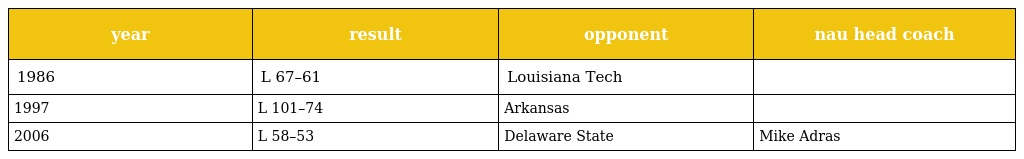
| year | result | opponent | nau head coach |
 | --- | --- | --- | --- |
 | 1986 | L 67–61 | Louisiana Tech |  |
 | 1997 | L 101–74 | Arkansas |  |
 | 2006 | L 58–53 | Delaware State | Mike Adras |